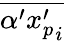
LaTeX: \overline{{\alpha^{\prime}{x_{p}^{\prime}}_{i}}}